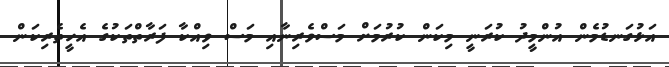
އަޅުގަނޑުމެން އުންމީދު ކުރަނީ މިކަން ކުރުމަށް މަސްވެރިނާއި މަސް ވިއްކާ ފަރާތްތަކުގެ އެހީތެރިކަން